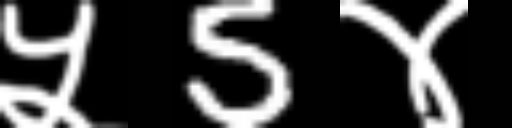
Text: ५5४